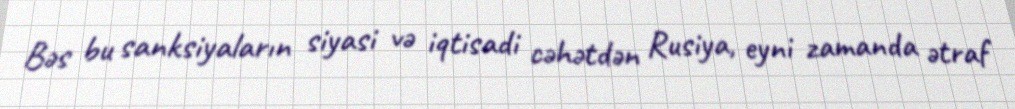
Bəs bu sanksiyaların siyasi və iqtisadi cəhətdən Rusiya, eyni zamanda ətraf